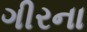
ગીરના